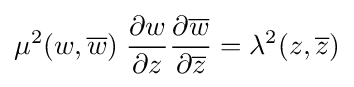
\mu ^{2}(w,{\overline {w}})\;{\frac {\partial w}{\partial z}}{\frac {\partial {\overline {w}}}{\partial {\overline {z}}}}=\lambda ^{2}(z,{\overline {z}})